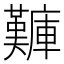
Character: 𪪫